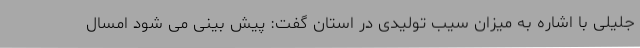
جلیلی با اشاره به میزان سیب تولیدی در استان گفت: پیش بینی می شود امسال